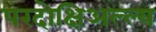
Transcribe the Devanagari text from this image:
परदोक्षिअल्ल्य